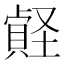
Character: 𡑧